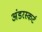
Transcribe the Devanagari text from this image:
अंडरस्कर्ट